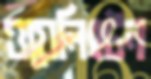
ওয়েলিংটন